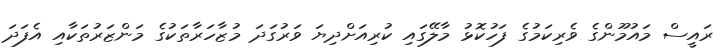
ރައީސް މައުމޫންގެ ވެރިކަމުގެ ފަހުކޮޅު މާލޭގައި ކުރިއަށްދިޔަ ވަރުގަދަ މުޒާހަރާތަކުގެ މަންޒަރުތަކާއި އެފަދަ